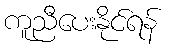
ကူညီပေးနိုင်ရန်